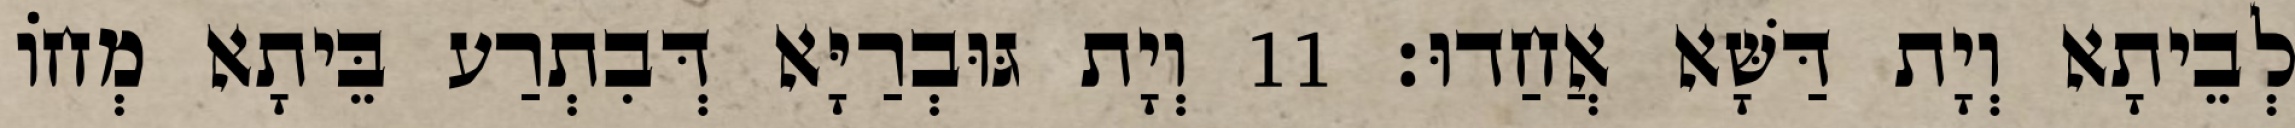
לְבֵיתָא וְיָת דַּשָּׁא אֲחַדוּ׃ 11 וְיָת גּוּבְרַיָּא דְּבִתְרַע בֵּיתָא מְחוֹ